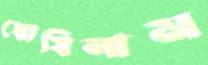
ঘোষিলাম